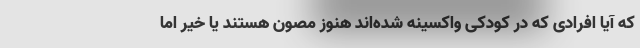
که آیا افرادی که در کودکی واکسینه شده‌اند هنوز مصون هستند یا خیر اما